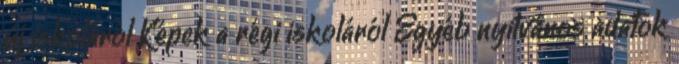
új iskoláról Képek a régi iskoláról Egyéb nyilvános adatok